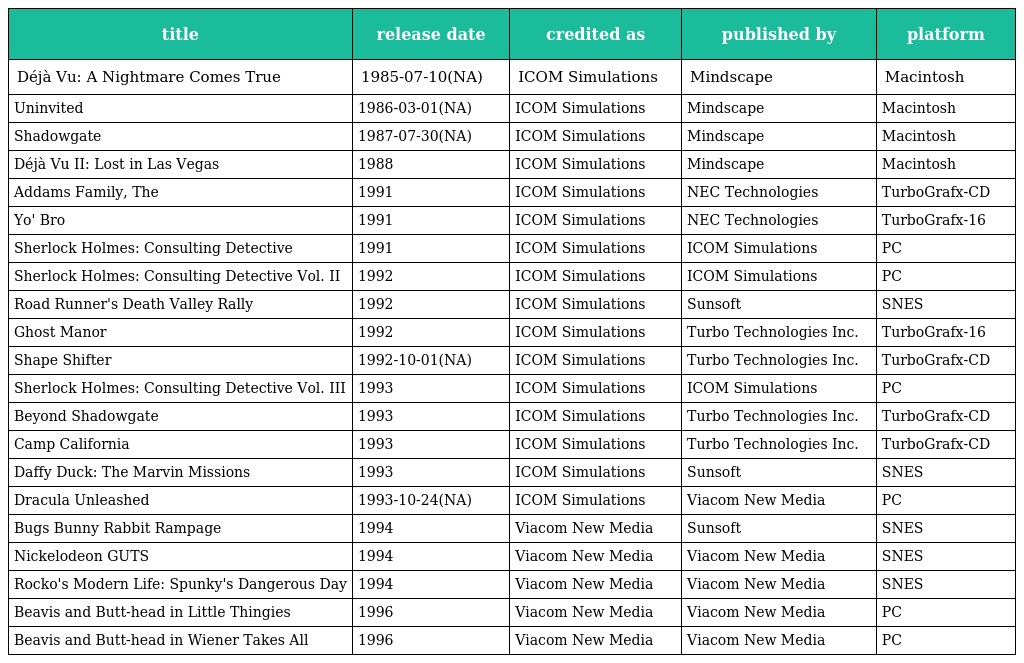
| title | release date | credited as | published by | platform |
 | --- | --- | --- | --- | --- |
 | Déjà Vu: A Nightmare Comes True | 1985-07-10(NA) | ICOM Simulations | Mindscape | Macintosh |
 | Uninvited | 1986-03-01(NA) | ICOM Simulations | Mindscape | Macintosh |
 | Shadowgate | 1987-07-30(NA) | ICOM Simulations | Mindscape | Macintosh |
 | Déjà Vu II: Lost in Las Vegas | 1988 | ICOM Simulations | Mindscape | Macintosh |
 | Addams Family, The | 1991 | ICOM Simulations | NEC Technologies | TurboGrafx-CD |
 | Yo' Bro | 1991 | ICOM Simulations | NEC Technologies | TurboGrafx-16 |
 | Sherlock Holmes: Consulting Detective | 1991 | ICOM Simulations | ICOM Simulations | PC |
 | Sherlock Holmes: Consulting Detective Vol. II | 1992 | ICOM Simulations | ICOM Simulations | PC |
 | Road Runner's Death Valley Rally | 1992 | ICOM Simulations | Sunsoft | SNES |
 | Ghost Manor | 1992 | ICOM Simulations | Turbo Technologies Inc. | TurboGrafx-16 |
 | Shape Shifter | 1992-10-01(NA) | ICOM Simulations | Turbo Technologies Inc. | TurboGrafx-CD |
 | Sherlock Holmes: Consulting Detective Vol. III | 1993 | ICOM Simulations | ICOM Simulations | PC |
 | Beyond Shadowgate | 1993 | ICOM Simulations | Turbo Technologies Inc. | TurboGrafx-CD |
 | Camp California | 1993 | ICOM Simulations | Turbo Technologies Inc. | TurboGrafx-CD |
 | Daffy Duck: The Marvin Missions | 1993 | ICOM Simulations | Sunsoft | SNES |
 | Dracula Unleashed | 1993-10-24(NA) | ICOM Simulations | Viacom New Media | PC |
 | Bugs Bunny Rabbit Rampage | 1994 | Viacom New Media | Sunsoft | SNES |
 | Nickelodeon GUTS | 1994 | Viacom New Media | Viacom New Media | SNES |
 | Rocko's Modern Life: Spunky's Dangerous Day | 1994 | Viacom New Media | Viacom New Media | SNES |
 | Beavis and Butt-head in Little Thingies | 1996 | Viacom New Media | Viacom New Media | PC |
 | Beavis and Butt-head in Wiener Takes All | 1996 | Viacom New Media | Viacom New Media | PC |